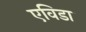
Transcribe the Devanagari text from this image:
एविडा